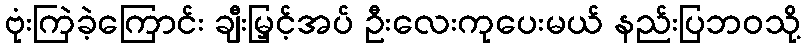
ဗုံးကြဲခဲ့ကြောင်း ချီးမြှင့်အပ် ဦးလေးကုပေးမယ် နည်းပြဘဝသို့